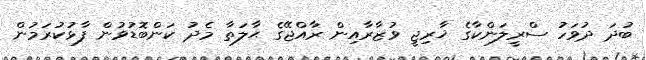
ބުދަ ދުވަހު ސްރީލަންކާގެ ޚާރިޖީ ވުޒާރާއިން ރާއްޖޭގެ ޙާލަތާ މެދު ކަންބޮޑުވުން ފާޅުކުރަމުން